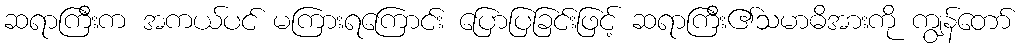
ဆရာကြီးက အကယ်ပင် မကြားရကြောင်း ပြောပြခြင်းဖြင့် ဆရာကြီး၏သမာဓိအားကို ကျွန်တော်